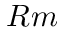
R m